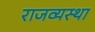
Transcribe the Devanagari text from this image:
राजव्यस्था